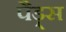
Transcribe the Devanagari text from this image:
पैड़्स